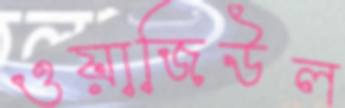
ওয়াজিউল